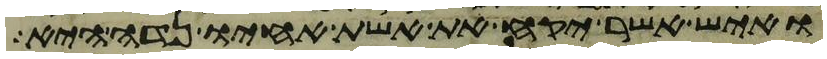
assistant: ואיש אשר יקח את אשת אחיו נדה היא